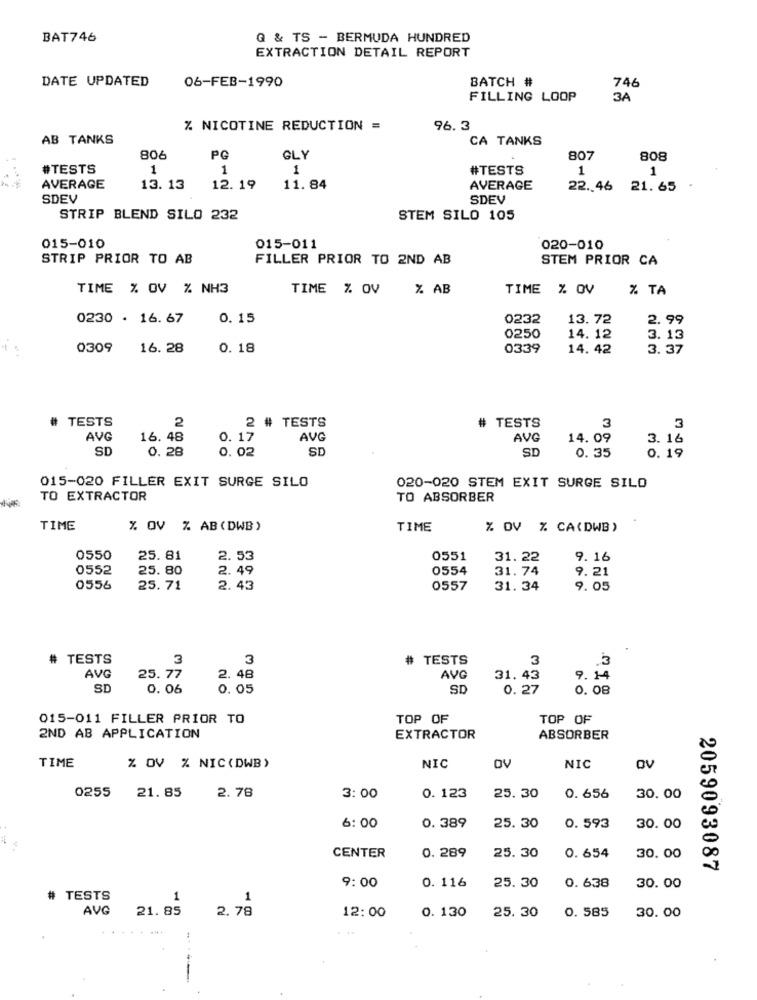
BAT746
Q & TS - BERMUDA HUNDRED
EXTRACTION DETAIL REPORT
DATE UPDATED
BATCH #
746
06-FEB-1990
FILLING LOOP
3A
% NICOTINE REDUCTION =
96.3
AB TANKS
CA TANKS
806
PG
GLY
807
808
#TESTS
1
1
1
#TESTS
1
1
AVERAGE
13. 13
12. 19
11. 84
AVERAGE
22. 46 21.65
SDEV
SDEV
STRIP BLEND SILO 232
STEM SILO 105
015-010
015-011
020-010
STRIP PRIOR TO AB
FILLER PRIOR TO 2ND AB
STEM PRIOR CA
TIME % OV % NH3
TIME % OV
% AB
TIME % OV
% TA
0230 · 16. 67
0. 15
0232
13.72
2.99
0250
14. 12
3.13
0309
16. 28
0. 18
0339
14. 42
3. 37
TESTS
2 # TESTS
2
# TESTS
3
3
AVG
16. 48
0. 17
AVG
AVG
14.09
3. 16
SD
0. 28
0. 02
SD
SD
0. 35
0. 19
015-020 FILLER EXIT SURGE SILO
020-020 STEM EXIT SURGE SILO
TO EXTRACTOR
TO ABSORBER
TIME
% OV % AB (DWB)
TIME
% DV % CA(DWB)
0550
25.81
2.53
0551
31. 22
9. 16
0552
25.80
2. 49
0554
31.74
9. 21
0556
25.71
2. 43
0557
31. 34
9.05
# TESTS
3
3
# TESTS
3
3
AVG
25.77
2.48
AVG
31. 43
9. 14
SD
0.06
0. 05
SD
0. 27
0. 08
015-011 FILLER PRIOR TO
TOP OF
TOP OF
2ND AB APPLICATION
EXTRACTOR
ABSORBER
TIME
% OV % NIC(DWB)
NIC
OV
NIC
OV
0255
25. 30
21. 85
2.78
3:00
0. 123
0. 656
30.00
6:00
0. 389
25. 30
0. 593
30.00
140
0. 289
25. 30
0.654
CENTER
30. 00
2059093087
0. 638
30.00
9:00
0. 116
25. 30
TESTS
1
1
AVG
21.85
2.78
25.30
0. 585
30.00
12:00
0. 130
...